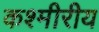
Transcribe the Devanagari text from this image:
कश्मीरीय